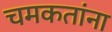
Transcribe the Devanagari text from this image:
चमकतांना